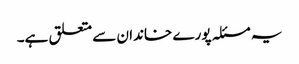
یہ مسئلہ پورے خاندان سے متعلق ہے۔